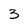
Character: 3